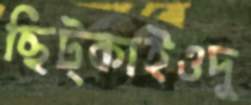
ছিট্‌কাইওদু